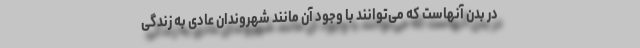
در بدن آنهاست که می‌توانند با وجود آن مانند شهروندان عادی به زندگی